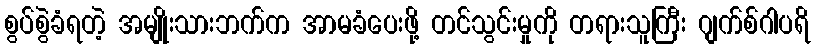
စွပ်စွဲခံရတဲ့ အမျိုးသားဘက်က အာမခံပေးဖို့ တင်သွင်းမှုကို တရားသူကြီး ဂျက်စ်ဂါပရိ